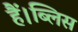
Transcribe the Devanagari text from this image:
हैं।ब्लिस